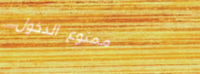
ممنوع الدخول